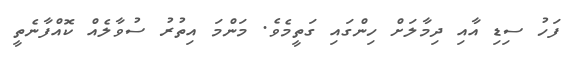
ފަހު ސިޑި އާއި ދިމާލަށް ހިންގައި ގަތީމެވެ. މަންމަ އިތުރު ސުވާލެއް ކޮއްފާނެތީ